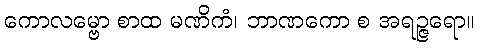
ကောလမ္ဗော စာထ မဏိကံ၊ ဘာဏကော စ အရဉ္ဇရော။